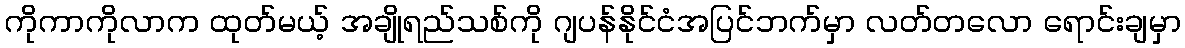
ကိုကာကိုလာက ထုတ်မယ့် အချိုရည်သစ်ကို ဂျပန်နိုင်ငံအပြင်ဘက်မှာ လတ်တလော ရောင်းချမှာ